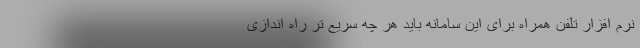
نرم افزار تلفن همراه برای این سامانه باید هر چه سریع تر راه اندازی